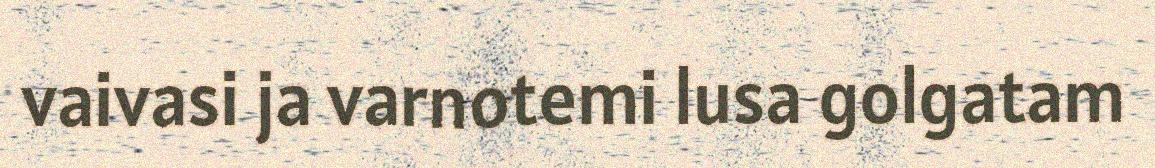
vaivasi ja varnotemi lusa golgatam